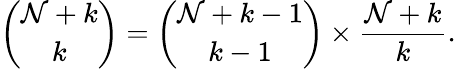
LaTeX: {\binom{\mathcal{N}+k}{k}}={\binom{\mathcal{N}+k-1}{k-1}}\times{\frac{{\mathcal{N}+k}}{{k}}}.